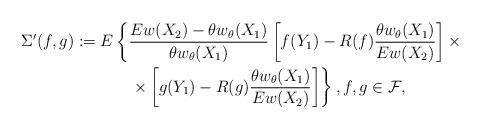
LaTeX: \begin{align*}\Sigma'(f,g):=E&\left\{\frac{Ew(X_{2})-\theta w_{\theta}(X_{1})}{\theta w_{\theta}(X_{1})}\left[f(Y_{1})-R(f)\frac{\theta w_{\theta}(X_{1})}{Ew(X_{2})}\right]\times\right.\\&\quad\left.\times\left[g(Y_{1})-R(g)\frac{\theta w_{\theta}(X_{1})}{Ew(X_{2})}\right]\right\},f,g\in\mathcal{F},\end{align*}